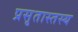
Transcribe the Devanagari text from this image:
प्रसृतास्तस्य